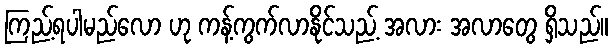
ကြည့်ရပါမည်လော ဟု ကန့်ကွက်လာနိုင်သည့် အလား အလာတွေ ရှိသည်။